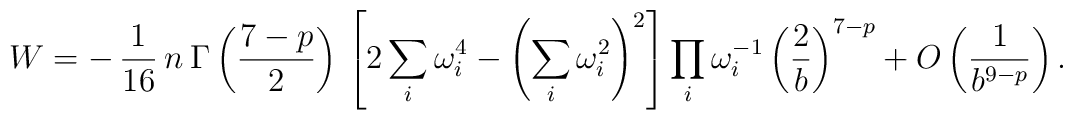
W=-\,\frac{1}{16}\,n\:\Gamma\left(\frac{7-p}{2}\right)\, \left[2\sum_{i}\omega _i^4-\left(\sum_{i}\omega _i^2\right)^2\right] \prod_{i}\omega _i^{-1}\left(\frac{2}{b}\right)^{7-p} +O\left(\frac{1}{b^{9-p}}\right).